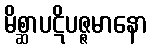
မိစ္ဆာပဋိပဇ္ဇမာနော